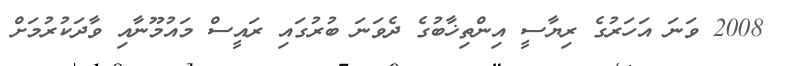
2008 ވަނަ އަހަރުގެ ރިޔާސީ އިންތިޚާބުގެ ދެވަނަ ބުރުގައި ރައީސް މައުމޫނާއި ވާދަކުރުމަށް